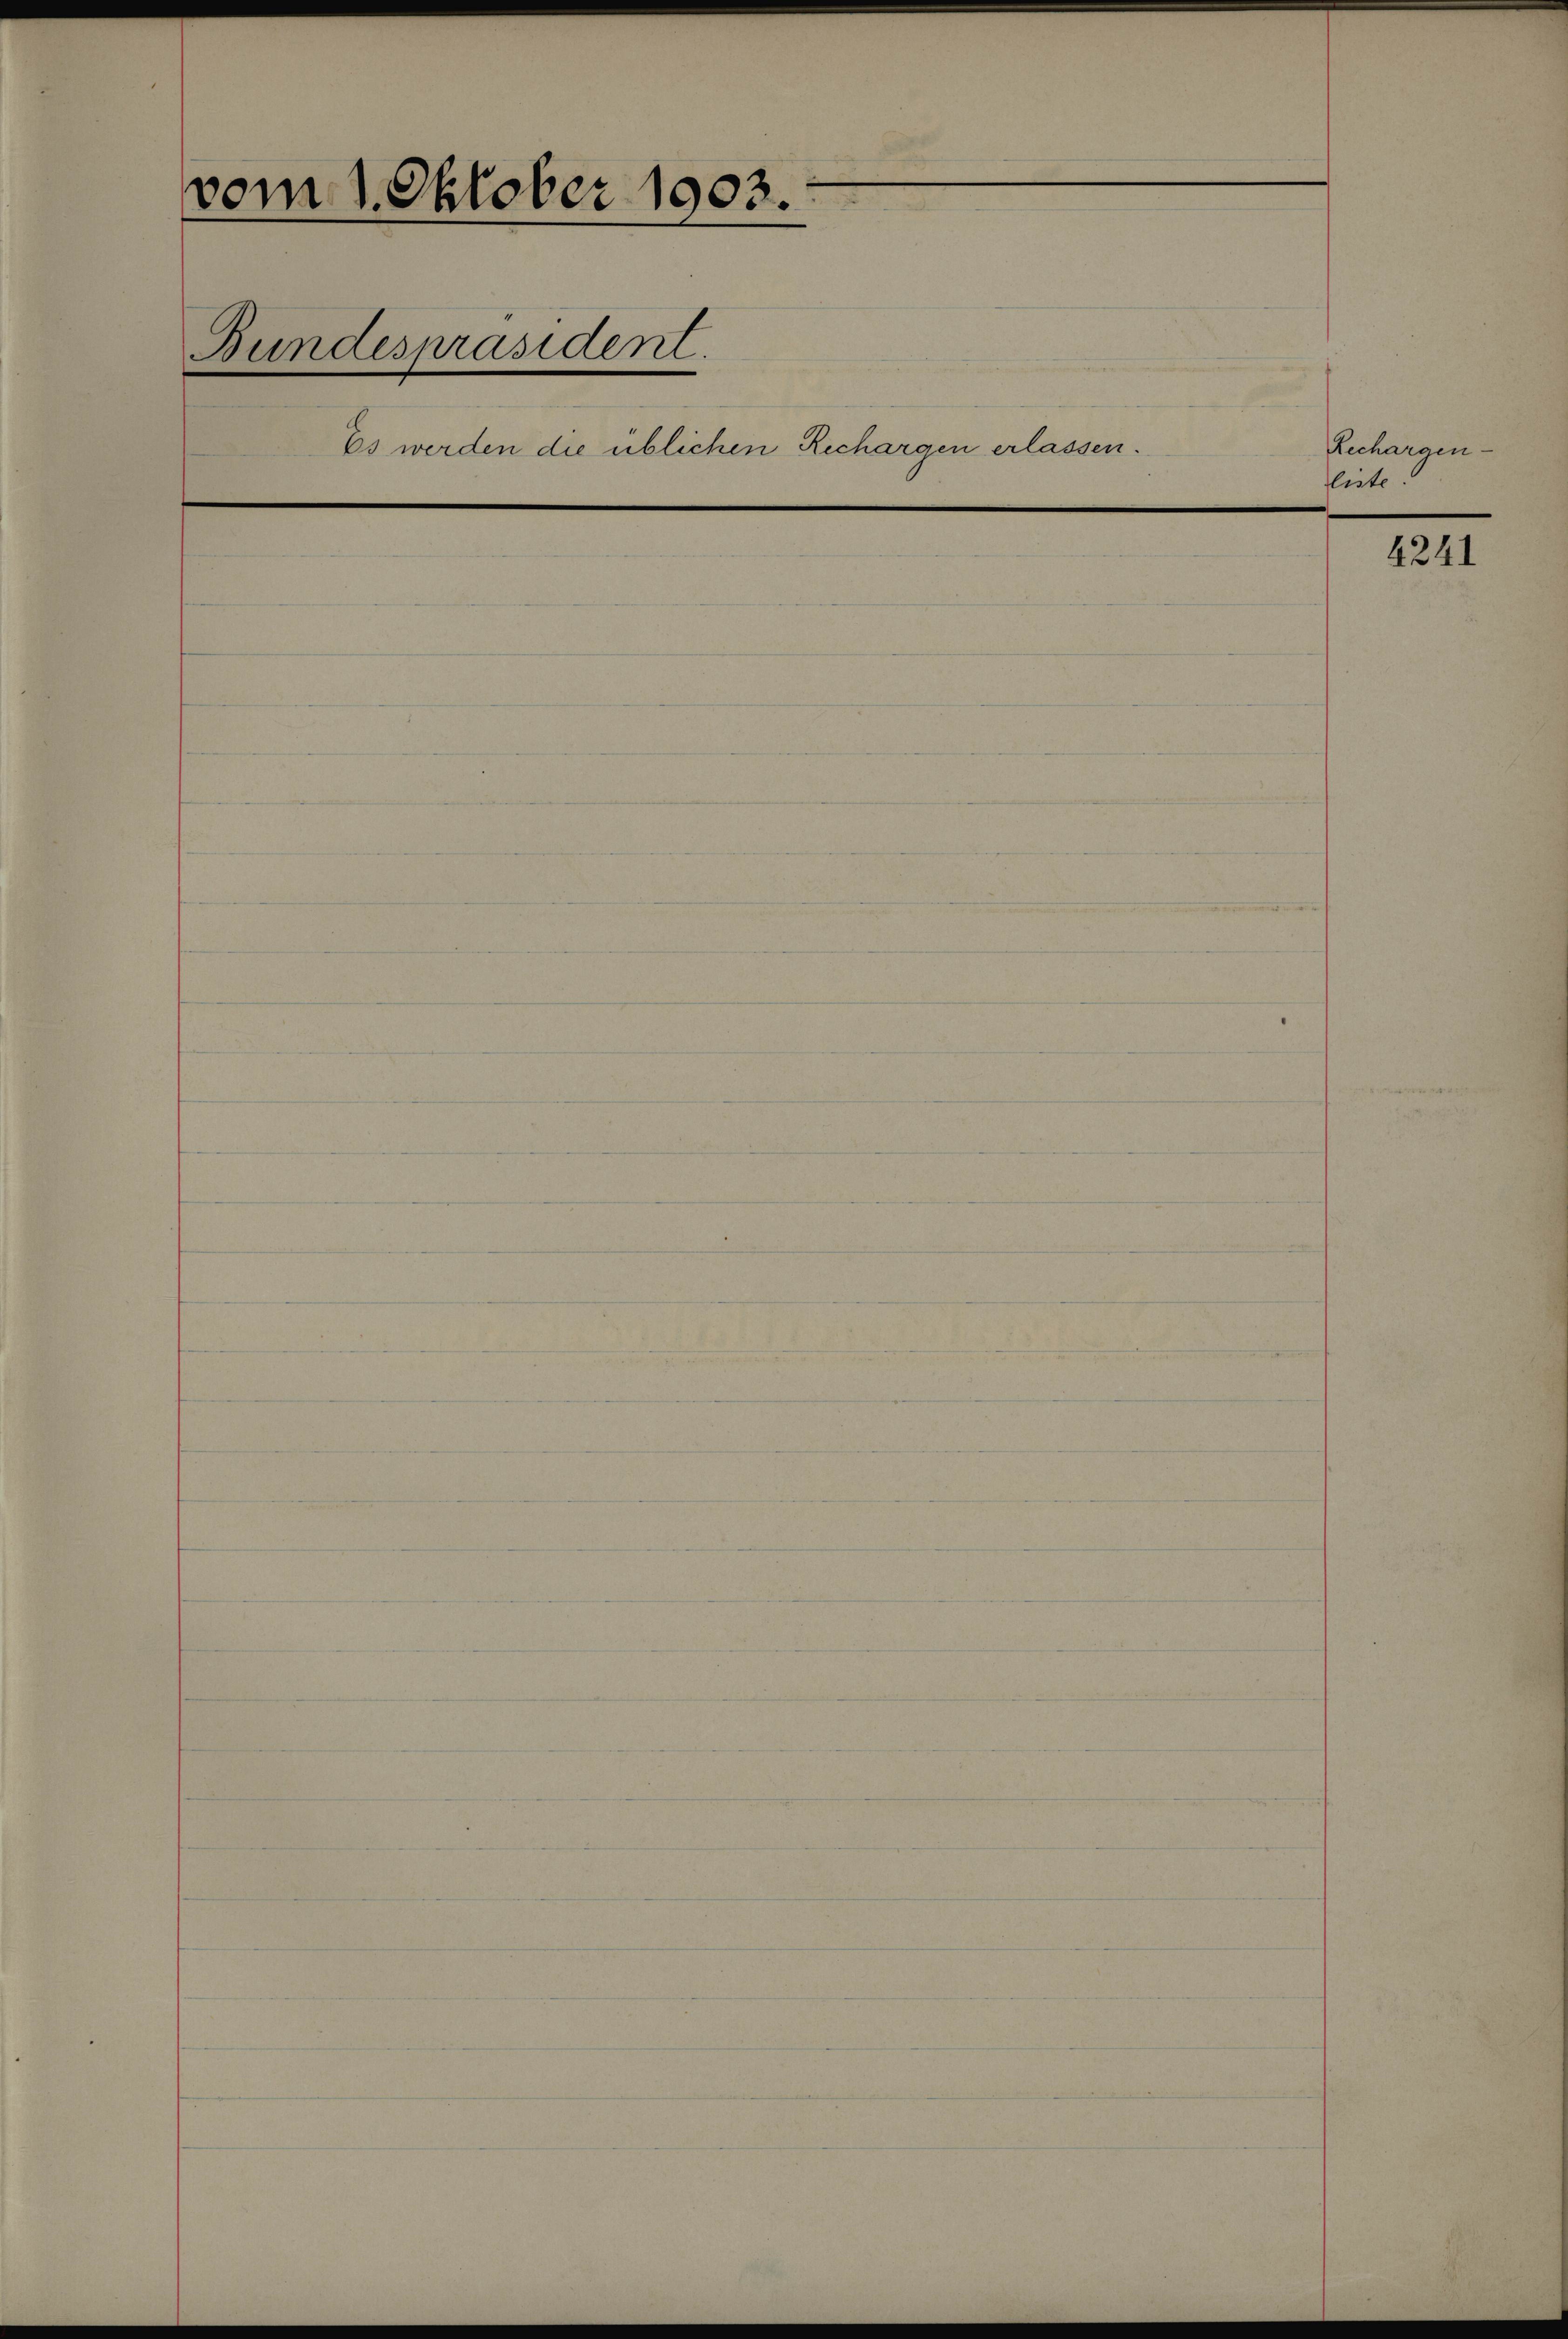
vom 1. Oktober 1903.
Bundespräsident.
Es werden die üblichen Rechargen erlassen.

Rechargen¬
liste.
4241